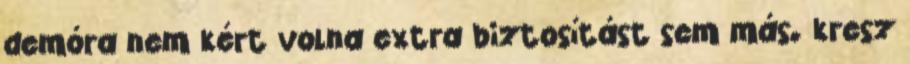
demóra nem kért volna extra biztosítást sem más. kresz